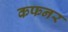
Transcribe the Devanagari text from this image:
कफनर